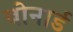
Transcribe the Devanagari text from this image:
बोनार्ड